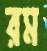
রম